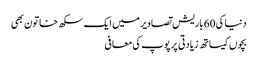
دنیا کی 60 باریش تصاویر میں ایک سکھ خاتون بھی
بچوں کیساتھ زیادتی پر پوپ کی معافی